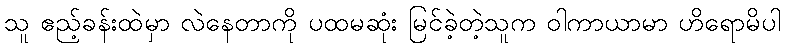
သူ ဧည့်ခန်းထဲမှာ လဲနေတာကို ပထမဆုံး မြင်ခဲ့တဲ့သူက ဝါကာယာမာ ဟိရောမိပါ